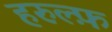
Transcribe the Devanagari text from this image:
हरुल्फ़